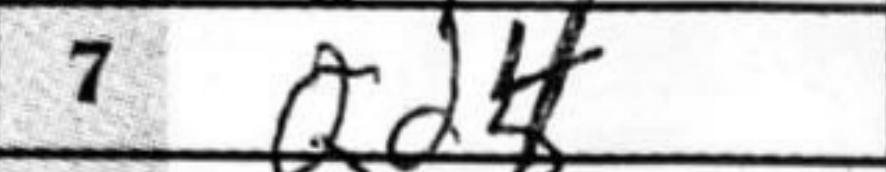
Transcription: Qd4